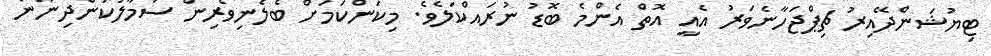
ޓިޔުޝަންދޭއިރު ޗިޕްޖަހާނެވަރު އެއީ އޮތް އެންމެ ބޮޑު ނުރައްކަލެވެ. މިކަންކަމަށް ބެލެނިވެރިން ސަމާލުކަންދިނުން